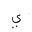
Letter: _ya